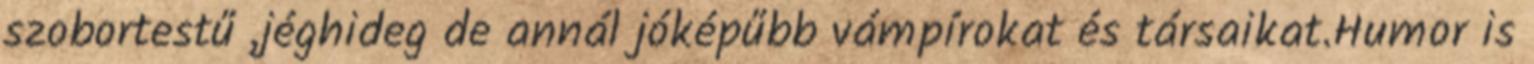
szobortestű ,jéghideg de annál jóképűbb vámpírokat és társaikat.Humor is